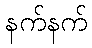
နက်နက်